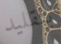
بتقليد